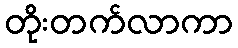
တိုးတက်လာကာ